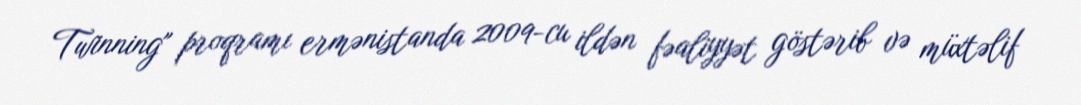
Twinning" proqramı ermənistanda 2009-cu ildən fəaliyyət göstərib və müxtəlif